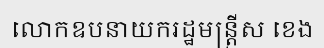
លោកឧបនាយករដ្ឋមន្ត្រីស ខេង